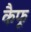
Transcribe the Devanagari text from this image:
कैफू